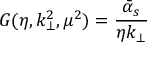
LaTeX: { \cal G } ( \eta , k _ { \bot } ^ { 2 } , \mu ^ { 2 } ) = \frac { \bar { \alpha } _ { s } } { \eta k _ { \bot } } \,